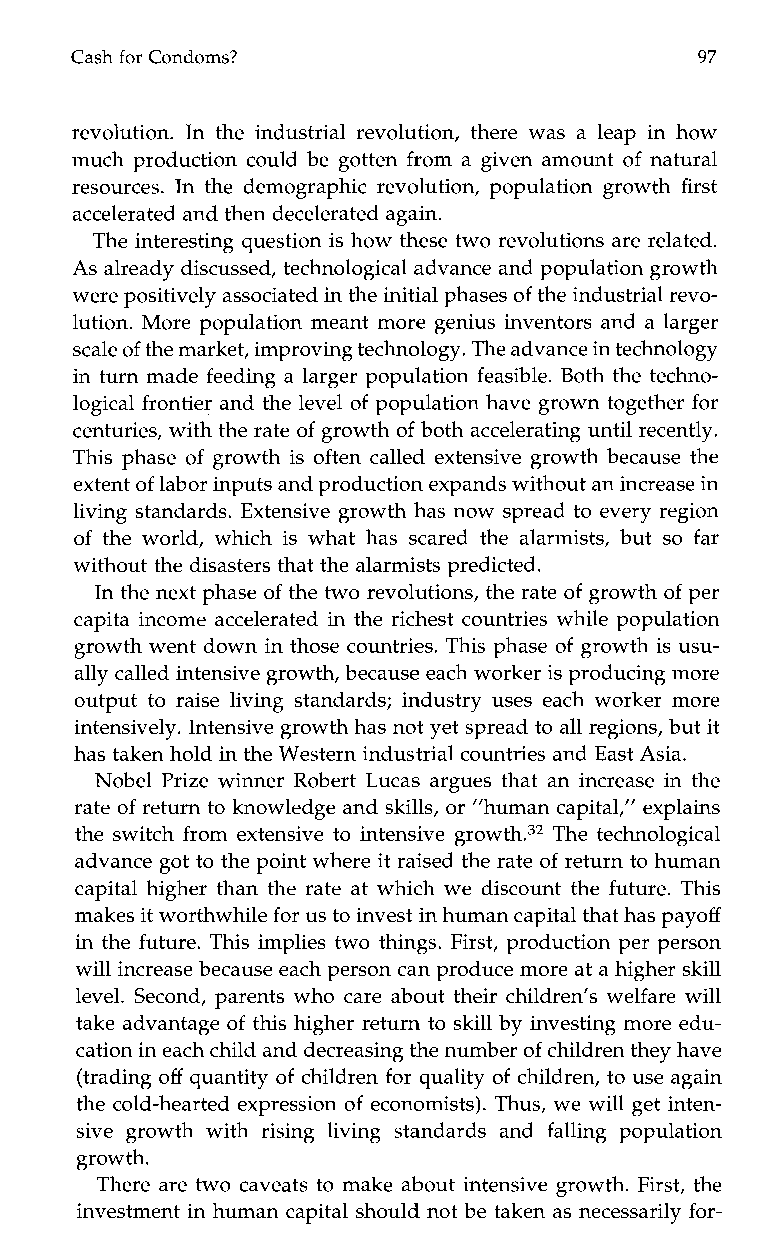
Cash for Condoms?                        97
 revolution. In the industrial revolution, there was a leap in how
 much production could be gotten from a given amount of natural
 resources. In the demographic revolution, population growth first
 accelerated and then decelerated again.
 The interesting question is how these two revolutions are related.
 As already discussed, technological advance and population growth
 were positively associated in the initial phases of the industrialr evo-
 lution. More population meant more genius inventors and a larger
 scale of the market, improving technology. The advance in technology
 in turn made feeding a larger population feasible. Both the techno-
 logical frontier and the level of population have grown together for
 centuries, with the rate of growth of both accelerating until recently.
 This phase of growth is often called extensive growth because the
 extent of labor inputs and production expands withouti n acnre ase in
 living standards. Extensive growth has now spread to every region
 of the world, which is what has scared the alarmists, but so far
 without the disasters that the alarmists predicted.
 In the next phase of the two revolutions, the rate of growth of per
 capita income accelerated in the richest countries while population
 growth went down int hose countries. This phase of growth is usu-
 ally called intensive growth, because each worker is producing more
 output to raise living standards; industry uses each worker more
 intensively. Intensive growth has not yet spread to all regions, but it
 has taken hold in the Western industrialc ountries and East Asia.
 Nobel Prize winner Robert Lucas argues that an increase in the
 rate of return to knowledge and skills, or ”human capital,” explains
 the switch from extensive to intensive The technological
 advance got to the point where it raised the rate of return to human
 capital higher than the rate at which we discount the future. This
 makes it worthwhile for us to invest in human capital that hasp ayoff
 in the future. This implies two things. First, production per person
 will increase because each person can produce morea t a higher skill
 level. Second, parents who care about their children’s welfare will
 take advantage of this higher return to skill by investing more edu-
 cation in each child and decreasing the number of children they have
 (trading off quantity of children for quality of children, to use again
 the cold-hearted expression of economists). Thus, we will get inten-
 sive growthw ith rising living standardsa nd falling population
 growth.
 There are two caveats to make about intensive growth. First, the
 investment in human capital should not be taken as necessarily for-